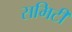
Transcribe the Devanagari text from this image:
समिटी